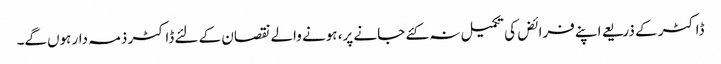
ڈاکٹر کے ذریعے اپنے فرائض کی تکمیل نہ کئے جانے پر، ہونے والے نقصان کے لئے ڈاکٹر ذمہ دار ہوں‌گے۔